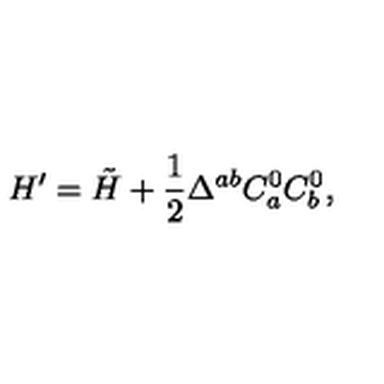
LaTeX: H ^ { \prime } = \tilde { H } + \frac 1 2 \Delta ^ { a b } C _ { a } ^ { 0 } C _ { b } ^ { 0 } ,